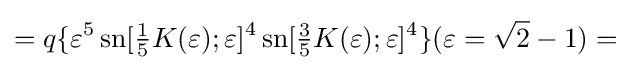
=q\{\varepsilon ^{5}\operatorname {sn} [{\tfrac {1}{5}}K(\varepsilon );\varepsilon ]^{4}\operatorname {sn} [{\tfrac {3}{5}}K(\varepsilon );\varepsilon ]^{4}\}(\varepsilon ={\sqrt {2}}-1)=